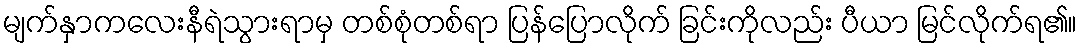
မျက်နှာကလေးနီရဲသွားရာမှ တစ်စုံတစ်ရာ ပြန်ပြောလိုက် ခြင်းကိုလည်း ပီယာ မြင်လိုက်ရ၏။